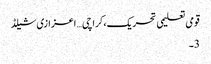
قومی تعلیمی تحریک،کراچی… اعزازی شیلڈ
3۔